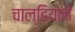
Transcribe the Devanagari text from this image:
चाल्डियनों